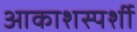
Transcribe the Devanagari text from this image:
आकाशस्पर्शी